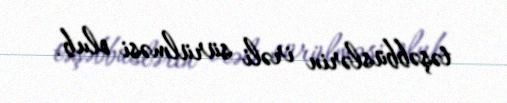
təşəbbüslərin irəli sürülməsi olub.